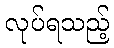
လုပ်ရသည့်